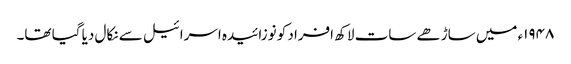
۱۹۴۸ء میں ساڑھے سات لاکھ افراد کو نوزائیدہ اسرائیل سے نکال دیا گیا تھا۔